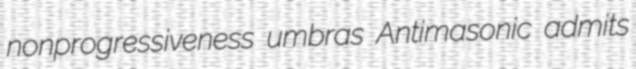
nonprogressiveness umbras Antimasonic admits